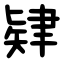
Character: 肄